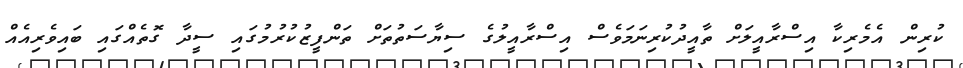
ކުރިން އެމެރިކާ އިސްރާއީލަށް ތާއީދުކުރިނަމަވެސް އިސްރާއީލުގެ ސިޔާސަތުތަށް ތަންފީޒުކުރުމުގައި ސީދާ ގޮތެއްގައި ބައިވެރިއެއް